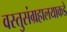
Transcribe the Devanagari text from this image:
वस्तुसंग्रहालयाकडे